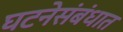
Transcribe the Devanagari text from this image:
घटनेसंबंधात